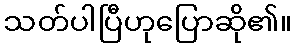
သတ်ပါပြီဟုပြောဆို၏။